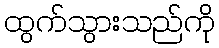
ထွက်သွားသည်ကို